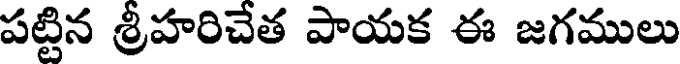
పట్టిన శ్రీహరిచేత పాయక ఈ జగములు